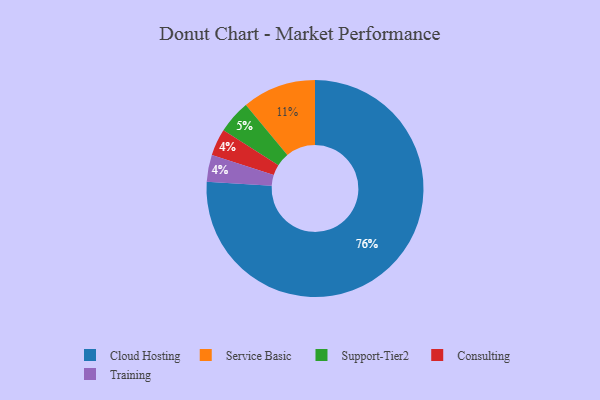
{"axis": {"x": "Category", "y": "Percentage"}, "legend": ["Cloud Hosting", "Consulting", "Service Basic", "Support-Tier2", "Training"], "data": [{"x": "Cloud Hosting", "y": 76, "type": "Cloud Hosting"}, {"x": "Consulting", "y": 4, "type": "Consulting"}, {"x": "Service Basic", "y": 11, "type": "Service Basic"}, {"x": "Support-Tier2", "y": 5, "type": "Support-Tier2"}, {"x": "Training", "y": 4, "type": "Training"}]}